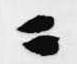
ニ